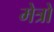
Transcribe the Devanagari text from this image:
मेत्रो